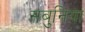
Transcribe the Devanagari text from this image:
सबुनिया